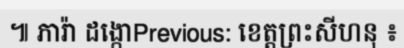
៕ ភារ៉ា ដង្កោPrevious: ខេត្តព្រះសីហនុ ៖